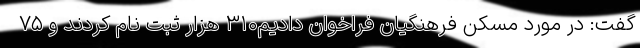
گفت: در مورد مسکن فرهنگیان فراخوان دادیم۳۱۰ هزار ثبت نام کردند و ۷۵